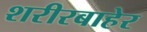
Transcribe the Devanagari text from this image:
शरीरबाहेर